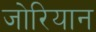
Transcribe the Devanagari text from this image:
जोरियान